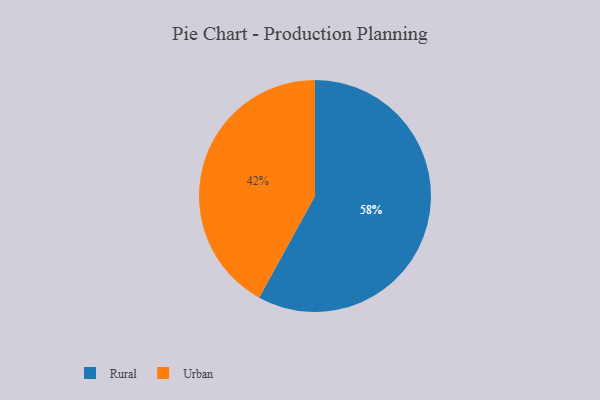
{"axis": {"x": "Category", "y": "Percentage"}, "legend": ["Rural", "Urban"], "data": [{"x": "Rural", "y": 58, "type": "Rural"}, {"x": "Urban", "y": 42, "type": "Urban"}]}